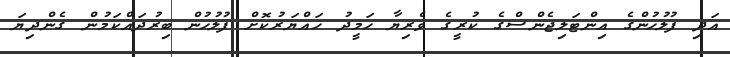
އަދި ފުލުހުންގެ އިންޓަލިޖެންސްގެ ކުރީގެ ވެރިޔާ ހަމީދު ހައްޔަރުކޮށް ފުލުހުން ބިރުދައްކަމުން ގެންދިޔަ